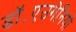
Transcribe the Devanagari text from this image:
डॉ॰एउगेनियो